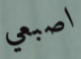
اصبعي